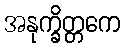
အနုက္ခိတ္တကေ